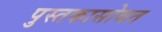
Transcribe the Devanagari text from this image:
पुस्तकासोबत